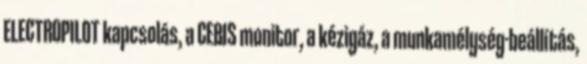
ELECTROPILOT kapcsolás, a CEBIS monitor, a kézigáz, a munkamélység-beállítás,